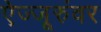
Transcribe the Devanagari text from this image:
ऐज्जूरुंवर